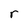
Character: r